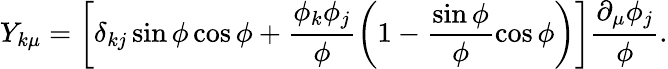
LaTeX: Y_{k\mu}=\left[\delta_{kj}\sin\phi\cos\phi+\frac{\phi_{k}\phi_{j}}{\phi}\left(1-\frac{\sin\phi}{\phi}\cos\phi\right)\right]\frac{\partial_{\mu}\phi_{j}}{\phi}.